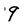
Character: 9